Report of the Municipal Commissioner on the plague in Bombay for the year ending 31st May... - Volume 3
Disease focus: Plague
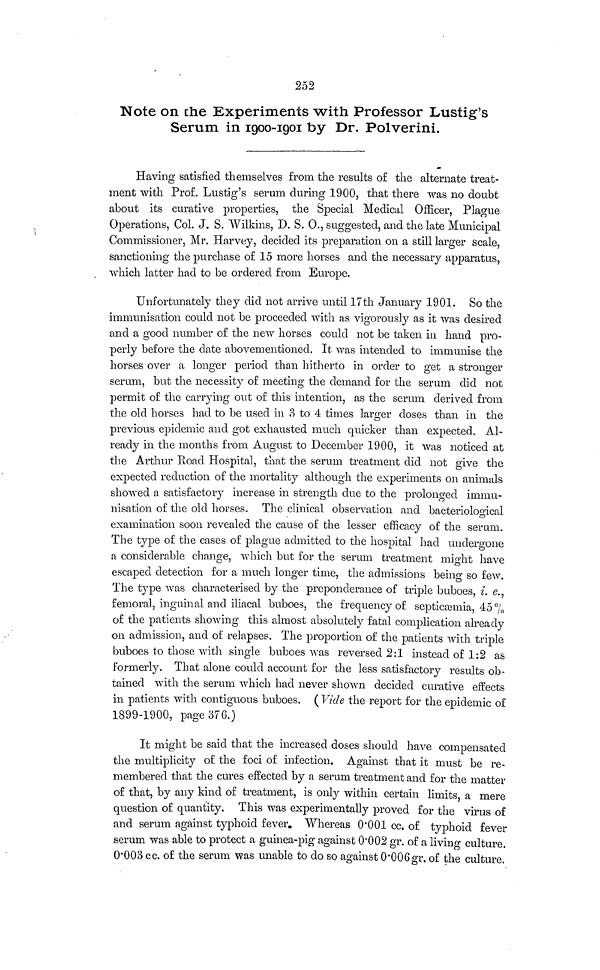
252
Note on the Experiments with Professor Lustig's
Serum in 1900-1901 by Dr. Polverini.
Having satisfied themselves from the results of the alternate treat-
ment with Prof. Lustig's serum during 1900, that there was no doubt
about its curative properties, the Special Medical Officer, Plague
Operations, Col. J. S. Wilkins, D. S. O., suggested, and the late Municipal
Commissioner, Mr. Harvey, decided its preparation on a still larger scale,
sanctioning the purchase of 15 more horses and the necessary apparatus,
which latter had to be ordered from Europe.
Unfortunately they did not arrive until 17th January 1901. So the
immunisation could not be proceeded with as vigorously as it was desired
and a good number of the new horses could not be taken in hand pro-
perly before the date abovementioned. It was intended to immunise the
horses over a longer period than hitherto in order to get a stronger
serum, but the necessity of meeting the demand for the serum did not
permit of the carrying out of this intention, as the serum derived from
the old horses had to be used in 3 to 4 times larger doses than in the
previous epidemic and got exhausted much quicker than expected. Al-
ready in the months from August to December 1900, it was noticed at
the Arthur Road Hospital, that the serum treatment did not give the
expected reduction of the mortality although the experiments on animals
showed a satisfactory increase in strength due to the prolonged immu-
nisation of the old horses. The clinical observation and bacteriological
examination soon revealed the cause of the lesser efficacy of the serum.
The type of the cases of plague admitted to the hospital had undergone
a considerable change, which but for the serum treatment might have
escaped detection for a much longer time, the admissions being so few.
The type was characterised by the preponderance of triple buboes, i. e.,
femoral, inguinal and iliacal buboes, the frequency of septicaemia, 45 %
of the patients showing this almost absolutely fatal complication already
on admission, and of relapses. The proportion of the patients with triple
buboes to those with single buboes was reversed 2:1 instead of 1:2 as
formerly. That alone could account for the less satisfactory results ob-
tained with the serum which had never shown decided curative effects
in patients with contiguous buboes. ( Vide the report for the epidemic of
1899-1900, page 376.)
It might be said that the increased doses should have compensated
the multiplicity of the foci of infection. Against that it must be re-
membered that the cures effected by a serum treatment and for the matter
of that, by any kind of treatment, is only within certain limits, a mere
question of quantity. This was experimentally proved for the virus of
and serum against typhoid fever. Whereas 0•001 cc. of typhoid fever
serum was able to protect a guinea-pig against 0•002 gr. of a living culture.
0•003 cc. of the serum was unable to do so against 0•006 gr. of the culture.